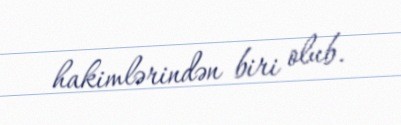
hakimlərindən biri olub.